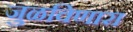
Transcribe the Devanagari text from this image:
जुळविणारा